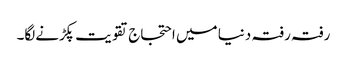
رفتہ رفتہ دنیا میں احتجاج تقویت پکڑنےلگا۔